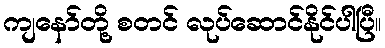
ကျနော်တို့ စတင် လုပ်ဆောင်နိုင်ပါပြီ။